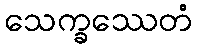
သေက္ခဿေတံ